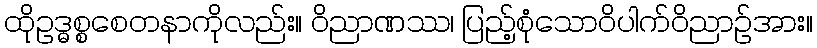
ထိုဥဒ္ဓစ္စစေတနာကိုလည်း။ ဝိညာဏဿ၊ ပြည့်စုံသောဝိပါက်ဝိညာဉ်အား။